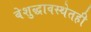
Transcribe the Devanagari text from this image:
बेशुद्धावस्थेतही